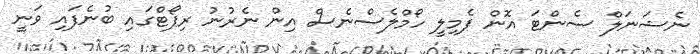
ނެޝަނަލް ސެންޓަ އޮން ފެމިލީ ހޯމްލެސްނެސް އިން ނެރުނު ރިޕޯޓްގައި ބުނެފައި ވަނީ